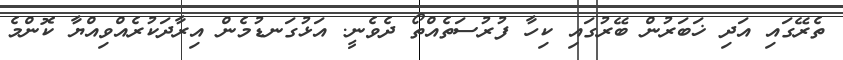
ތެރޭގައި އަދި ޚަބަރުން ބޭރުގައި ކިހާ ފުރުސަތެއްތޯ ދެވެނީ. އަޅުގަނޑުމެން އިރާދަކުރެއްވިއްޔާ ކޮންމެ